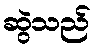
ဆွဲသည်